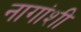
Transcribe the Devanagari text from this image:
नागांशी